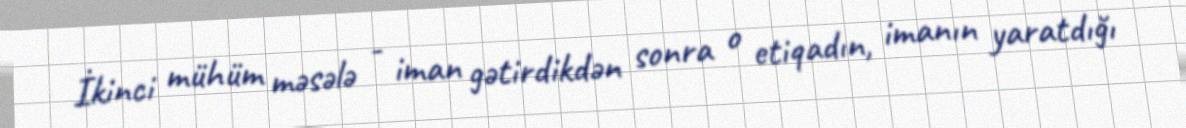
İkinci mühüm məsələ - iman gətirdikdən sonra o etiqadın, imanın yaratdığı